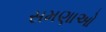
સમણાઓ